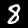
Digit: 8